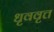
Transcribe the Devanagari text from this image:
धृववृत्त